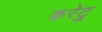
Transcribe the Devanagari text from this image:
करेटु